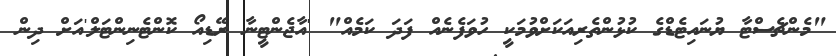
"މެންޗެސްޓާ ޔުނައިޓެޑްގެ ކުޅުންތެރިއަކަށްވުމަކީ ހުވަފެނެއް ފަދަ ކަމެއް" 'އާޖެންޓީނާ ރޭޑިއޯ ކޮންޓެނިންޓަލް'އަށް ދިން